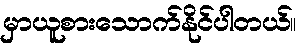
မှာယူစားသောက်နိုင်ပါတယ်။